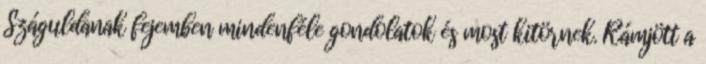
Száguldanak fejemben mindenféle gondolatok és most kitörnek. Rámjött a